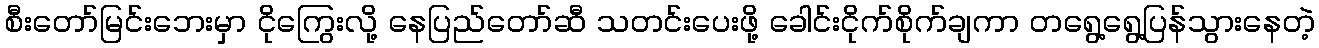
စီးတော်မြင်းဘေးမှာ ငိုကြွေးလို့ နေပြည်တော်ဆီ သတင်းပေးဖို့ ခေါင်းငိုက်စိုက်ချကာ တရွေ့ရွေ့ပြန်သွားနေတဲ့